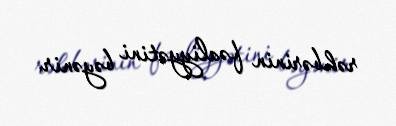
rəhbərinin fəaliyyətini bəyənir.